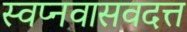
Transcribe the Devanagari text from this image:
स्वप्नवासवदत्त